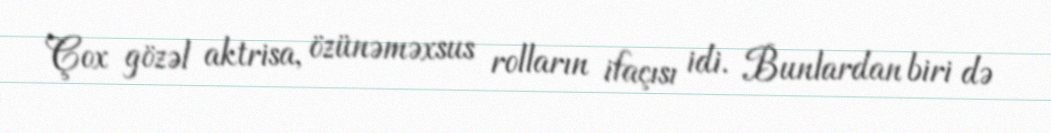
Çox gözəl aktrisa, özünəməxsus rolların ifaçısı idi. Bunlardan biri də